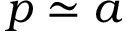
p \simeq a